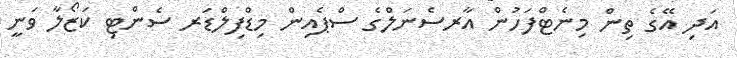
އަދި އޭގެ ތިން މިނެޓްފަހުން އާރސެނަލްގެ ސްޕެއިން މިޑްފިލްޑަރ ސެންޓި ކަޒޯލާ ވަނީ